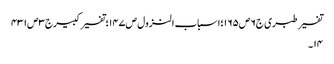
تفسیر طبری ج٦ص١٦٥؛اسباب النزول ص١٤٧؛تفسیر کبیرج٣ص٤٣١
١٤۔